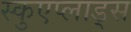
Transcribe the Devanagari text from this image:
स्कुएप्लाड्स